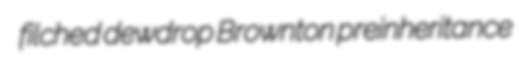
filched dewdrop Brownton preinheritance